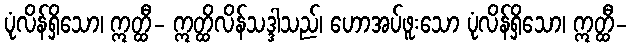
ပုံလိန်ရှိသော၊ ဣတ္ထီ- ဣတ္ထိလိန်သဒ္ဒါသည်၊ ဟောအပ်ဖူးသော ပုံလိန်ရှိသော၊ ဣတ္ထီ-